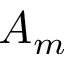
A _ { m }